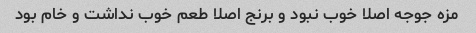
مزه جوجه اصلا خوب نبود و برنج اصلا طعم خوب نداشت و خام بود